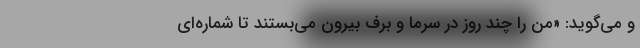
و می‌گوید: «من را چند روز در سرما و برف بیرون می‌بستند تا شماره‌ای